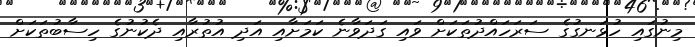
މިނުގައި ހުޅަނގުގެ ސަރަހައްދުތަކަށް ވައި ގަދަވާނެ ކަމަށާއި އަދި އުތުރާއި ދެކުނުގެ ހިސާބުތަކަށް